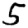
Digit: 5